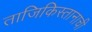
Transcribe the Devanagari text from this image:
ताजिकिस्तानाची